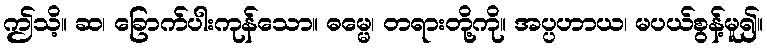
ဤသိ့။ ဆ၊ ခြောက်ပါးကုန်သော။ ဓမ္မေ၊ တရားတို့ကို။ အပ္ပဟာယ၊ မပယ်စွန့်မူ၍။